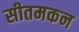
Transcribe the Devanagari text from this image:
सीतमकन